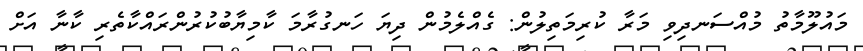
މައުލޫމާތު މުއްސަނދިވި މަރާ ކުރިމަތިލުން: ގެއްލެމުން ދިޔަ ހަނގުރާމަ ކާމިޔާބުކުރުންރައްކާތެރި ކާނާ އަށް